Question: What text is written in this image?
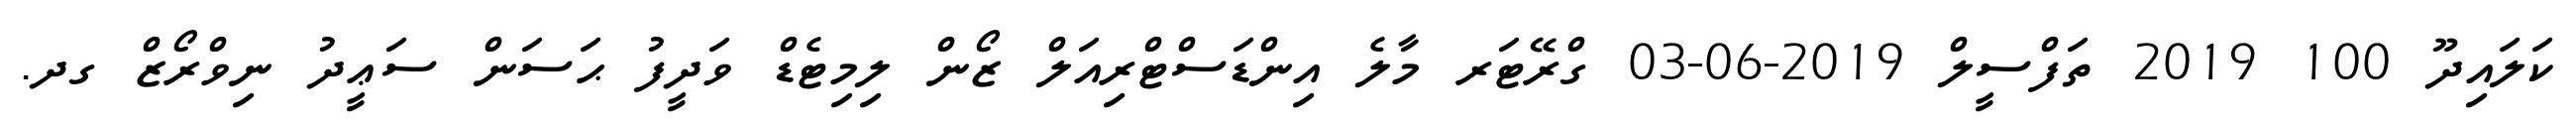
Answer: ކަލައިދޫ 100 2019 ތަފްސީލް 2019-06-03 ގްރޭޓަރ މާލެ އިންޑަސްޓްރިއަލް ޒޯން ލިމިޓެޑް ވަދީފު ޙަސަން ސަޢީދު ނިވްރޯޒް ގދ.